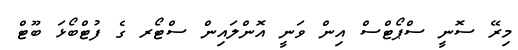
މިރޭ ސޮނީ ސްޕޯޓްސް އިން ވަނީ އޮންލައިން ސްޓޯރ ގެ ފުޓްބޯޅަ ބޫޓް